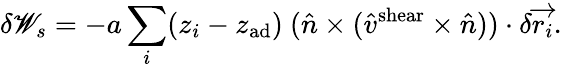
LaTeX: \delta\mathscr{W}_{s}=-a\sum_{i}(z_{i}-z_{\mathrm{{ad}}})~(\hat{{n}}\times(\hat{{v}}^{\mathrm{{shear}}}\times\hat{{n}}))\cdot\delta\overrightarrow{{r_{i}}}.